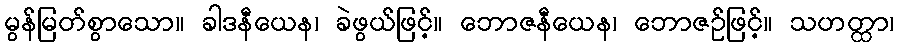
မွန်မြတ်စွာသော။ ခါဒနီယေန၊ ခဲဖွယ်ဖြင့်။ ဘောဇနီယေန၊ ဘောဇဉ်ဖြင့်။ သဟတ္ထာ၊